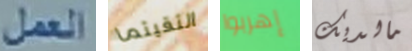
العمل التقيتما إهربوا مالديك